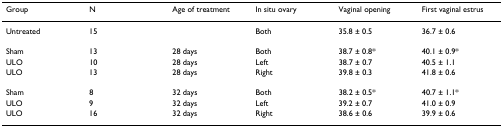
| Group | N | Age of treatment | In situ ovary | Vaginal opening | First vaginal estrus |
 | --- | --- | --- | --- | --- | --- |
 | Untreated | 15 |  | Both | 35.8 ± 0.5 | 36.7 ± 0.6 |
 | Sham | 13 | 28 days | Both | 38.7 ± 0.8* | 40.1 ± 0.9* |
 | ULO | 10 | 28 days | Left | 38.7 ± 0.7 | 40.5 ± 1.1 |
 | ULO | 13 | 28 days | Right | 39.8 ± 0.3 | 41.8 ± 0.6 |
 | Sham | 8 | 32 days | Both | 38.2 ± 0.5* | 40.7 ± 1.1* |
 | ULO | 9 | 32 days | Left | 39.2 ± 0.7 | 41.0 ± 0.9 |
 | ULO | 16 | 32 days | Right | 38.6 ± 0.6 | 39.9 ± 0.6 |